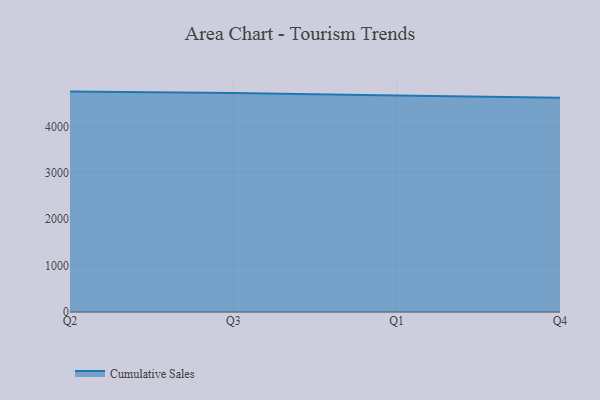
{"axis": {"x": "Quarter", "y": "Gross Profit (USD K)"}, "legend": ["Cumulative Sales"], "data": [{"x": "Q2", "y": 4747.6, "type": "Cumulative Sales"}, {"x": "Q3", "y": 4714.8, "type": "Cumulative Sales"}, {"x": "Q1", "y": 4662.6, "type": "Cumulative Sales"}, {"x": "Q4", "y": 4617.6, "type": "Cumulative Sales"}]}